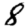
Digit: 8